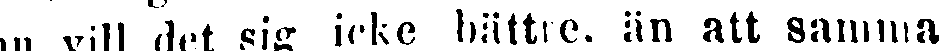
nu vill det sig icke bättre, än att samma